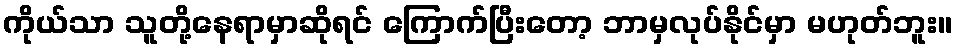
ကိုယ်သာ သူတို့နေရာမှာဆိုရင် ကြောက်ပြီးတော့ ဘာမှလုပ်နိုင်မှာ မဟုတ်ဘူး။